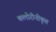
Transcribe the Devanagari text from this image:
कलोरीनीकृत